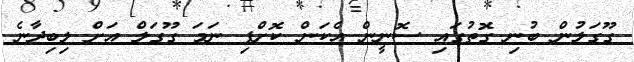
ގޫގަލުން ބުނި ގޮތުގައި ސޮނީން އެކަން ކޮށްފި ނަމަ ގޫގަލް އަށް ލިބިދާނެ